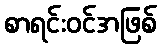
စာရင်းဝင်အဖြစ်